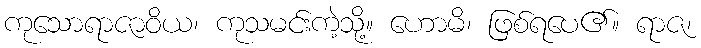
ကုသောရာဇာဝိယ၊ ကုသမင်းကဲ့သို့။ ဟောမိ၊ ဖြစ်ရပေ၏။ ရာဇ၊